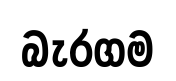
බැරගම